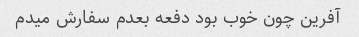
آفرین چون خوب بود دفعه بعدم سفارش میدم